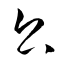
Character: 公